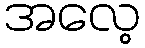
အလေ့